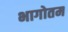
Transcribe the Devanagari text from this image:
भागोतम